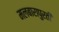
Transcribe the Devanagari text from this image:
मलबारापुरती